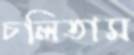
চলিতাম